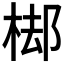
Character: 𣓹